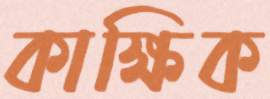
কাক্ষিক